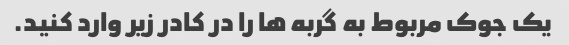
یک جوک مربوط به گربه ها را در کادر زیر وارد کنید.